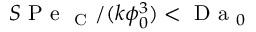
S \mathrm { ~ P ~ e ~ } _ { \mathrm { ~ C ~ } } / ( k \phi _ { 0 } ^ { 3 } ) < \mathrm { ~ D ~ a ~ } _ { 0 }